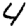
Digit: 4